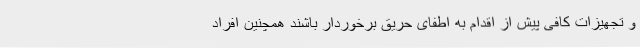
و تجهیزات کافی ‌پیش از اقدام به اطفای حریق برخوردار باشند همچنین افراد